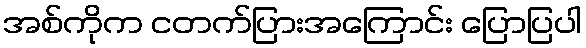
အစ်ကိုက ငတက်ပြားအကြောင်း ပြောပြပါ